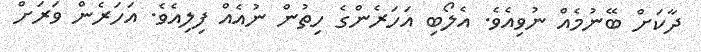
ދާކަށް ބޭނުމެއް ނުވިއެވެ. އެލޯބި އަހަރެންގެ ހިތުން ނުއެއް ފިލިއެވެ. އަހަރެން ވަރަށް